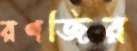
রণজির